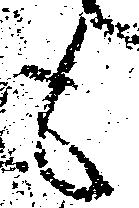
も